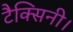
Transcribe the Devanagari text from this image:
टैक्सिनी।